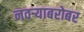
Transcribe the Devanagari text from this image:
नवर्‍याबरोबर